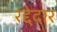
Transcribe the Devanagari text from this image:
रद्देदार